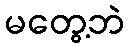
မတွေ့ဘဲ